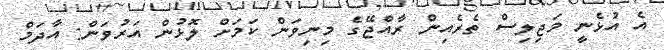
އެ އުޅެނީ މަޖިލިސް ތެރެއިންް ރާއްޖޭގެ މިނިވަން ކަމަށް ލޮޅުން އަރުވަން: އާދަމް